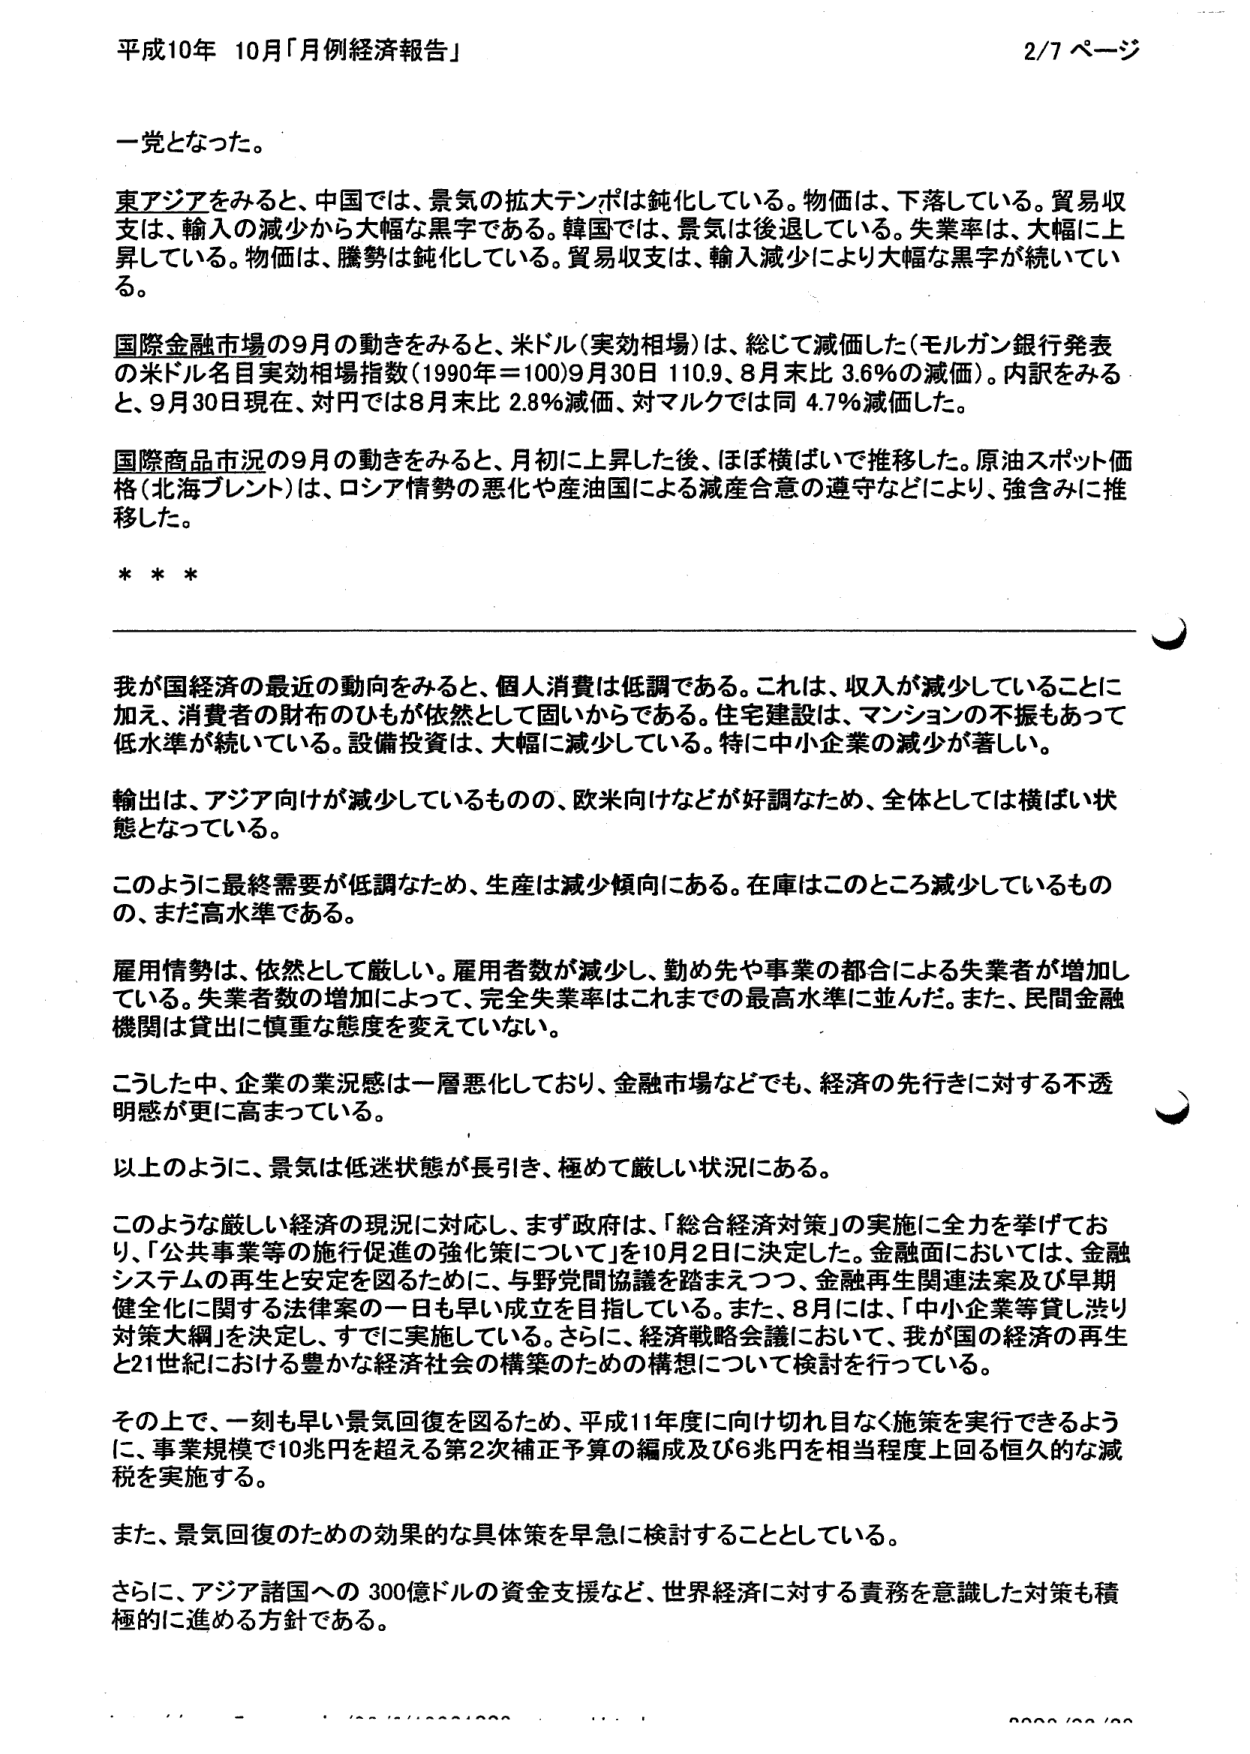
平成10年 10月「月例経済報告」 2/7 ページ

一党となった。

東アジアをみると、中国では、景気の拡大テンポは鈍化している。物価は、下落している。貿易収支は、輸入の減少から大幅な黒字である。韓国では、景気は後退している。失業率は、大幅に上昇している。物価は、騰勢は鈍化している。貿易収支は、輸入減少により大幅な黒字が続いている。

国際金融市場の9月の動きをみると、米ドル（実効相場）は、総じて減価した（モルガン銀行発表の米ドル名目実効相場指数（1990年＝100）9月30日 110.9、8月末比 3.6％の減価）。内訳をみると、9月30日現在、対円では8月末比 2.8％減価、対マルクでは同 4.7％減価した。

国際商品市況の9月の動きをみると、月初に上昇した後、ほぼ横ばいで推移した。原油スポット価格（北海ブレント）は、ロシア情勢の悪化や産油国による減産合意の遵守などにより、強含みに推移した。

***

我が国経済の最近の動向をみると、個人消費は低調である。これは、収入が減少していることに加え、消費者の財布のひもが依然として固いからである。住宅建設は、マンションの不振もあって低水準が続いている。設備投資は、大幅に減少している。特に中小企業の減少が著しい。

輸出は、アジア向けが減少しているものの、欧米向けなどが好調なため、全体としては横ばい状態となっている。

このように最終需要が低調なため、生産は減少傾向にある。在庫はこのところ減少しているものの、まだ高水準である。

雇用情勢は、依然として厳しい。雇用者数が減少し、勤め先や事業の都合による失業者が増加している。失業者数の増加によって、完全失業率はこれまでの最高水準に並んだ。また、民間金融機関は貸出に慎重な態度を変えていない。

こうした中、企業の業況感は一層悪化しており、金融市場などでも、経済の先行きに対する不透明感が更に高まっている。

以上のように、景気は低迷状態が長引き、極めて厳しい状況にある。

このような厳しい経済の現況に対応し、まず政府は、「総合経済対策」の実施に全力を挙げており、「公共事業等の施行促進の強化策について」を10月2日に決定した。金融面においては、金融システムの再生と安定を図るために、与野党間協議を踏まえつつ、金融再生関連法案及び早期健全化に関する法律案の一日も早い成立を目指している。また、8月には、「中小企業等貸し渋り対策大綱」を決定し、すでに実施している。さらに、経済戦略会議において、我が国の経済の再生と21世紀における豊かな経済社会の構築のための構想について検討を行っている。

その上で、一刻も早い景気回復を図るため、平成11年度に向け切れ目なく施策を実行できるように、事業規模で10兆円を超える第2次補正予算の編成及び6兆円を相当程度上回る恒久的な減税を実施する。

また、景気回復のための効果的な具体策を早急に検討することとしている。

さらに、アジア諸国への300億ドルの資金支援など、世界経済に対する責務を意識した対策も積極的に進める方針である。